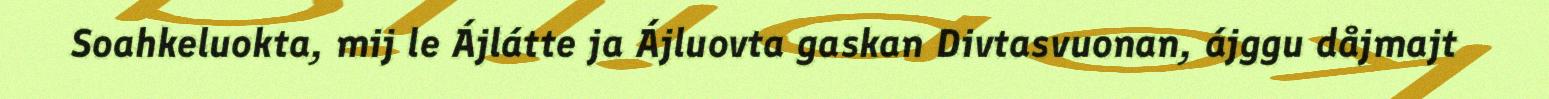
Soahkeluokta, mij le Ájlátte ja Ájluovta gaskan Divtasvuonan, ájggu dåjmajt